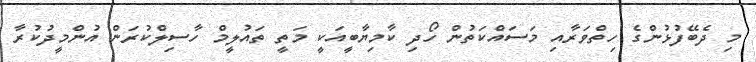
މި ދެބޭފުޅުންގެ ހިތްވަރާއި މަސައްކަތުން ހޯދި ކާމިޔާބީއަކީ މަތީ ތައުލީމް ހާސިލްކުރަން އުންމީދުކުރާ